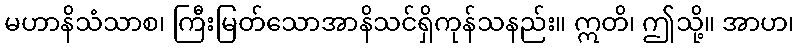
မဟာနိသံသာစ၊ ကြီးမြတ်သောအာနိသင်ရှိကုန်သနည်း။ ဣတိ၊ ဤသို့။ အာဟ၊